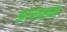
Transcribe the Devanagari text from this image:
झापवरून